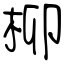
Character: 柳